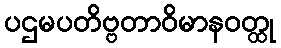
ပဌမပတိဗ္ဗတာဝိမာနဝတ္ထု